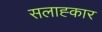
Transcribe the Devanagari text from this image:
सलाह्कार